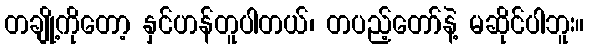
တချို့ကိုတော့ နှင်ဟန်တူပါတယ်၊ တပည့်တော်နဲ့ မဆိုင်ပါဘူး။